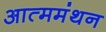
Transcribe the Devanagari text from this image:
आत्ममंथन